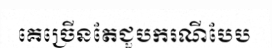
គេច្រើនតែជួបករណីបែប